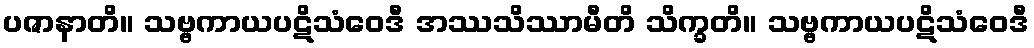
ပဇာနာတိ။ သဗ္ဗကာယပဋိသံဝေဒီ အဿသိဿာမီတိ သိက္ခတိ။ သဗ္ဗကာယပဋိသံဝေဒီ